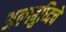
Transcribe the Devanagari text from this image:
अल्पबुध्दिचे